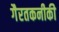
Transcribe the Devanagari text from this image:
गैरतकनीकी